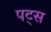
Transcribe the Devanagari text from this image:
पट्स